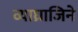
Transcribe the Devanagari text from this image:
व्याघ्राजिने